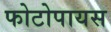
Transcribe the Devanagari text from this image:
फोटोपायस